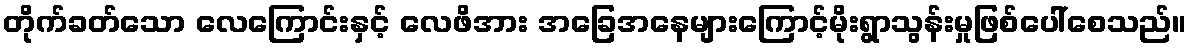
တိုက်ခတ်သော လေကြောင်းနှင့် လေဖိအား အခြေအနေများကြောင့်မိုးရွာသွန်းမှုဖြစ်ပေါ်စေသည်။